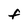
Character: F